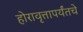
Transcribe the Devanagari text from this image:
होरावृत्तापर्यंतचे